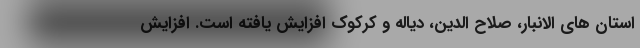
استان های الانبار، صلاح الدین، دیاله و کرکوک افزایش یافته است. افزایش